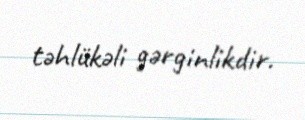
təhlükəli gərginlikdir.